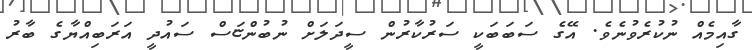
ގާއިމެއް ނުކުރެވުނެވެ. އޭގެ ސަބަބަކީ ސަރުކާރުން ސީދަލަށް ނުބުންޏަސް ސައުދީ އަރަބިއްޔާގެ ބާރު